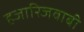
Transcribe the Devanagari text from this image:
हजारिजवाबी